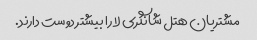
مشتریان هتل شانگری لا را بیشتر دوست دارند.